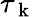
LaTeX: \tau_{\mathrm{~k~}}